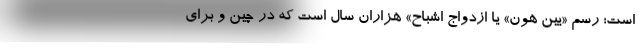
است؛ رسم «یین هون» یا ازدواج اشباح» هزاران سال است که در چین و برای